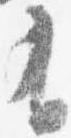
有